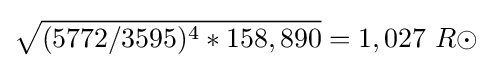
{\sqrt {(5772/3595)^{4}*158,890}}=1,027\ R\odot